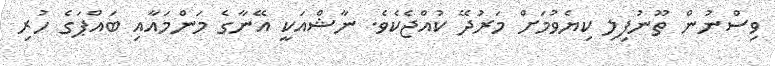
ވިސްނުން ތޫނުފިލި ކިޔެވުމަށް މަރުދޭ ކުއްޖެކެވެ. ނާޝްއަކީ އޭނާގެ މަންމައާއި ބައްޕަގެ ހުރި